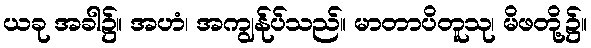
ယခု အခါ၌။ အဟံ၊ အကျွန်ုပ်သည်။ မာတာပိတူသု၊ မိဖတို့၌။